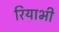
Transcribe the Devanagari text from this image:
रियाभी